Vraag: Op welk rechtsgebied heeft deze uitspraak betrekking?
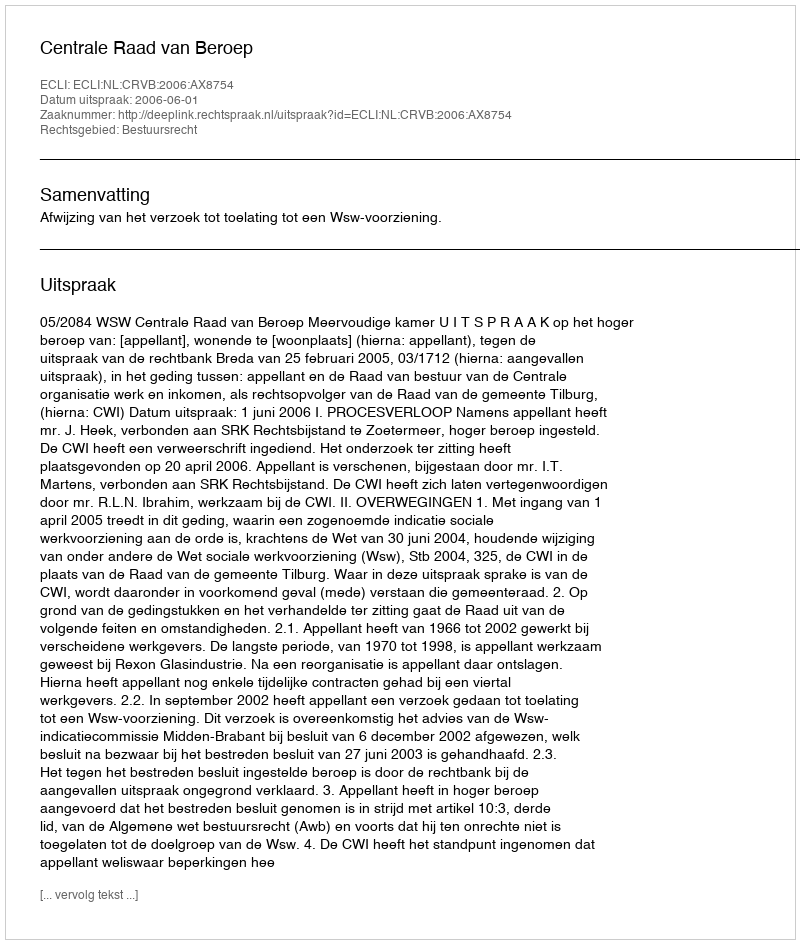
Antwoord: Bestuursrecht